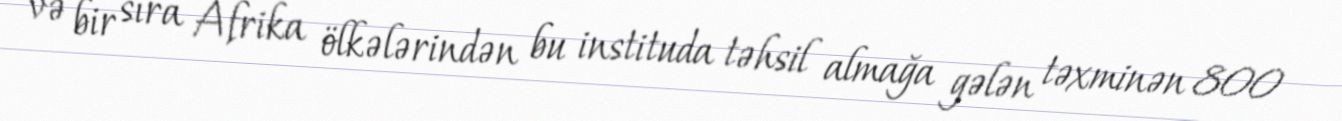
və bir sıra Afrika ölkələrindən bu instituda təhsil almağa gələn təxminən 800